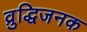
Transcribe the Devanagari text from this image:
व्रुद्धिजनक